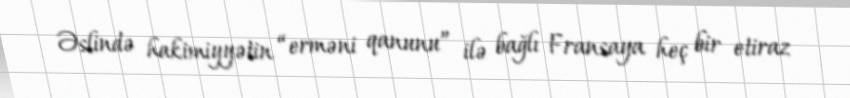
Əslində hakimiyyətin “erməni qanunu” ilə bağlı Fransaya heç bir etiraz